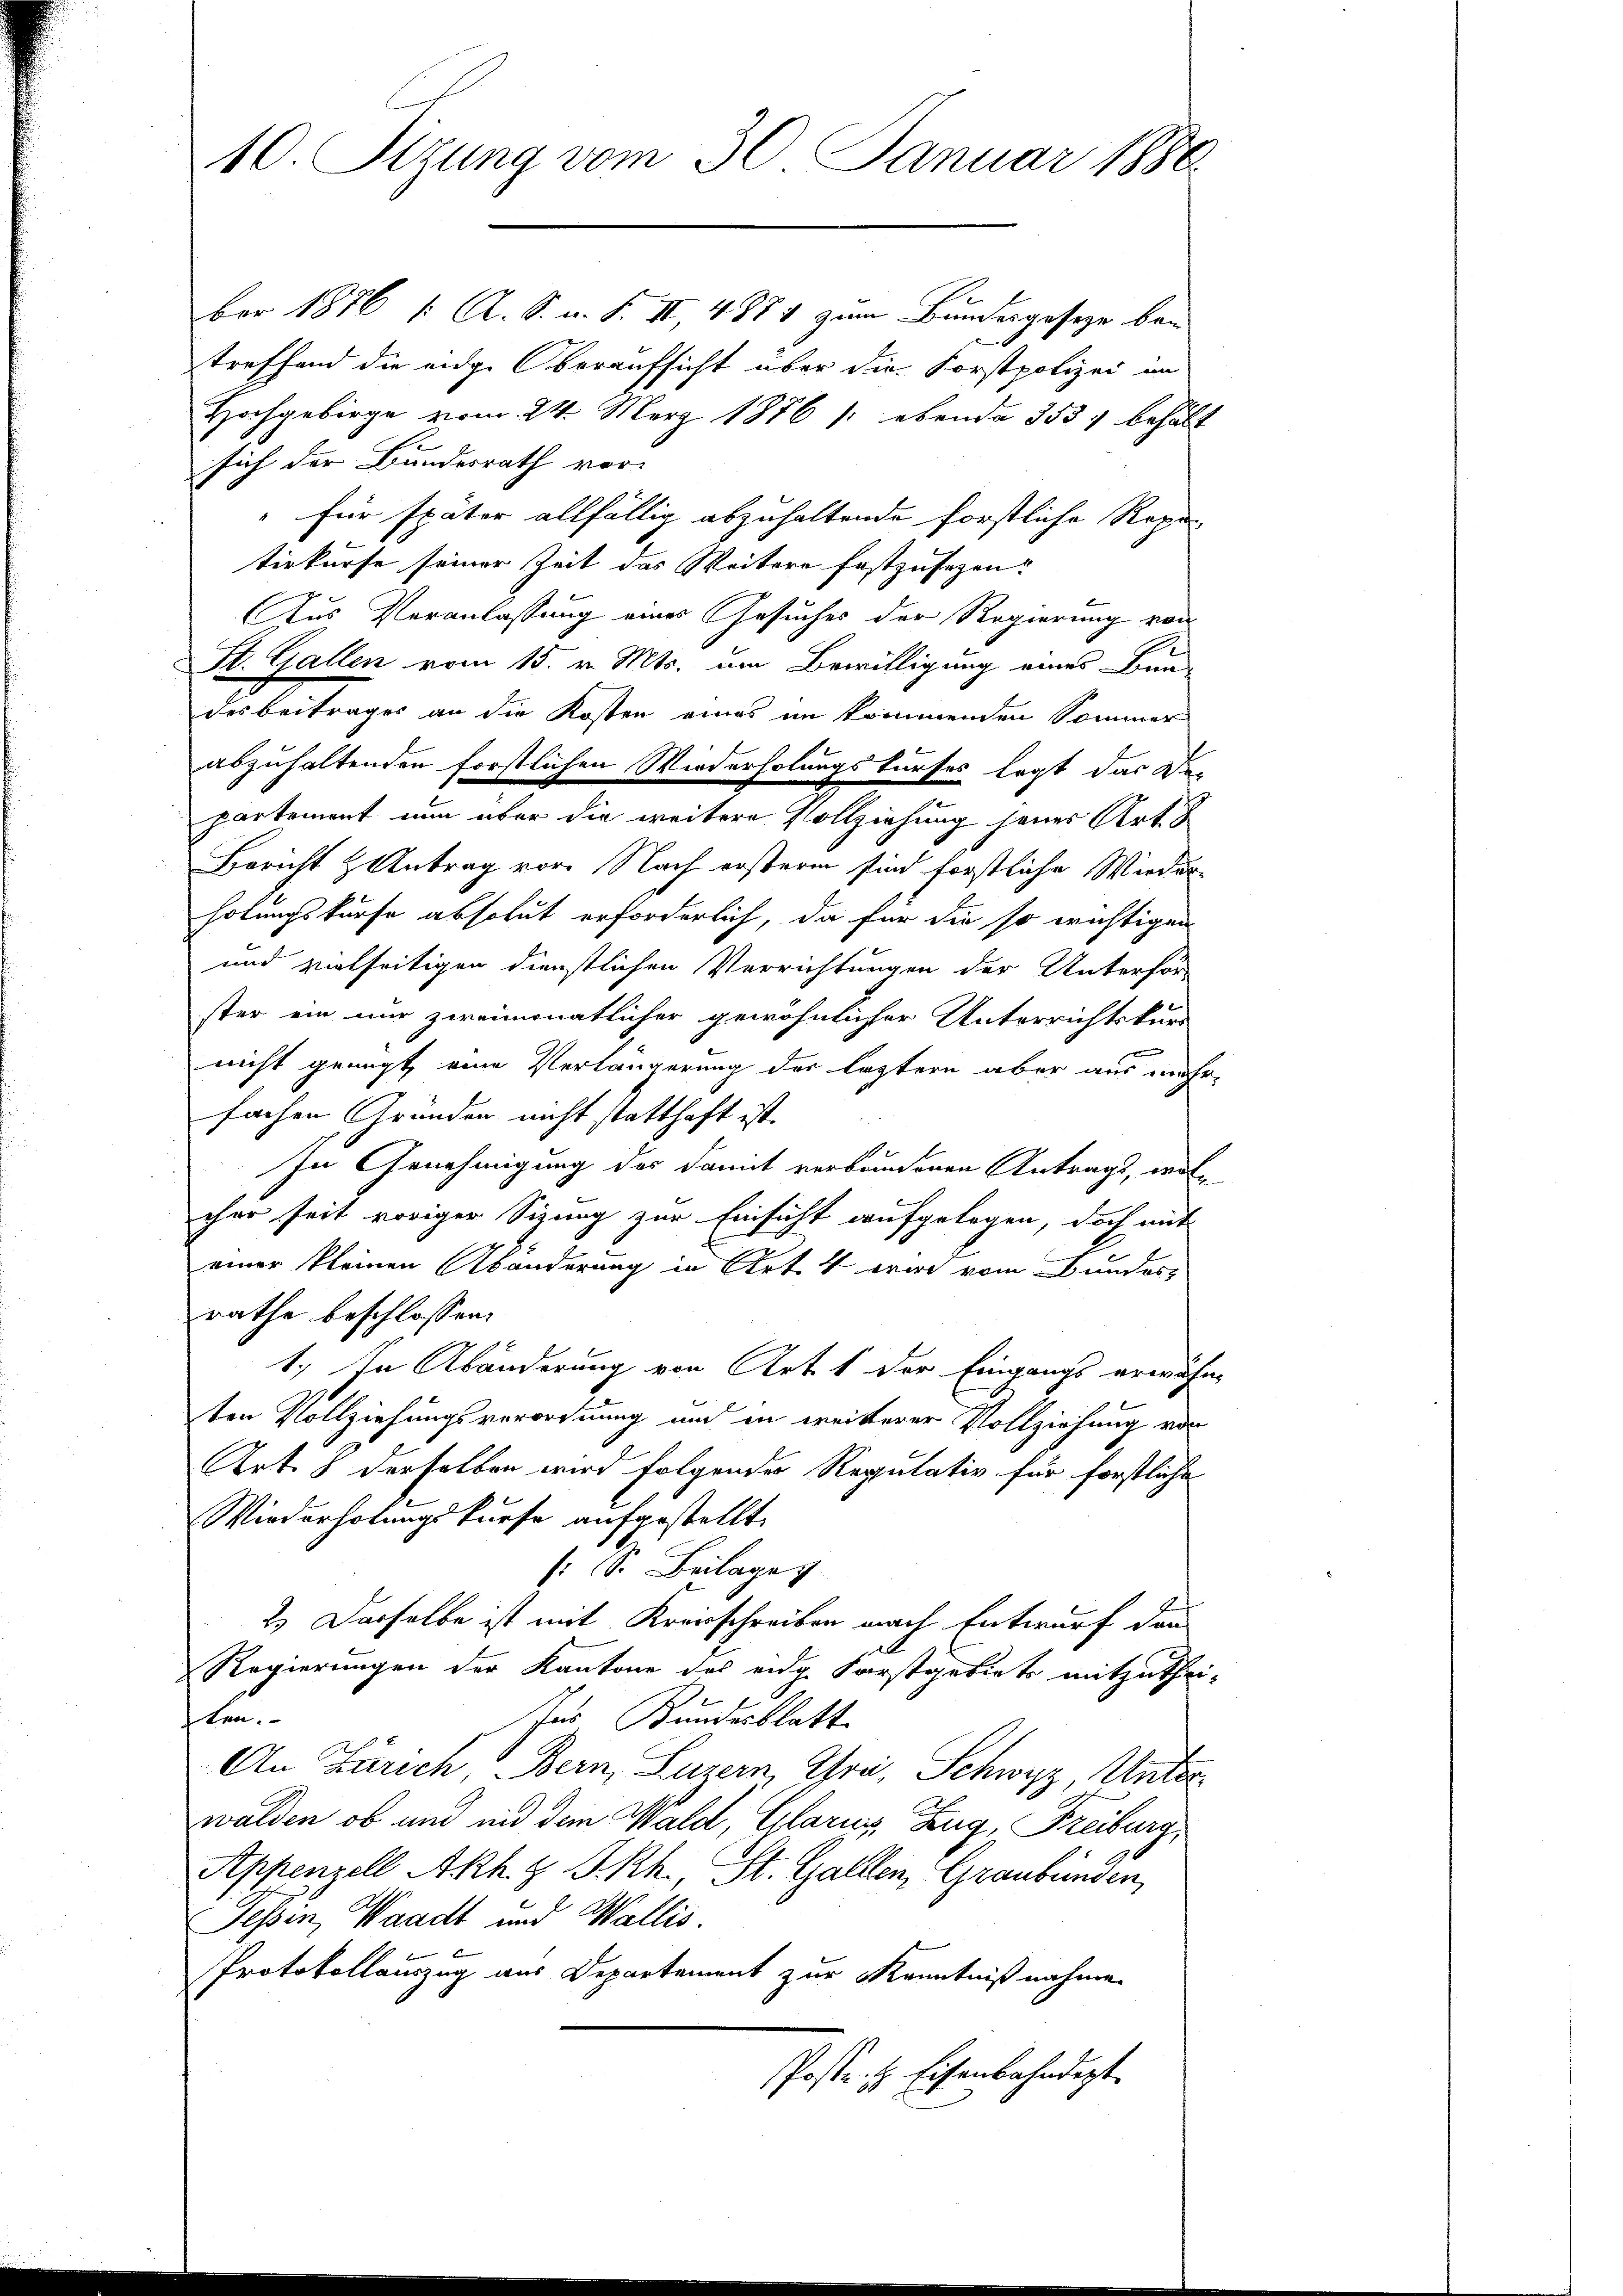
10. Sitzung vom 30. Januar 1880

ber 1876 (: A. S. u. F. II, 4871 zum Bundesgeseze bei
.
treffend die eidg. Oberaufsicht über die Forstpolizei im
Hochgebirge vom 24. März 1876 /: ebenda 353 behabt
sich der Bundesrath vor.
" für später allfällig abzuhaltende forstliche Repatiekurse seiner Zeit das Weitere festzusezen.
us Veranlassung eines Gesuches der Regierung von
St. Gallen vom 15. v. Mts. um Bewilligung eines Bunde
desbeitrages an die Kosten eines im kommenden Sommer
abzuhaltenden forstlichen Wiederholungskurses legt das Di
partement nun aber die weitere Vollziehung jenes Art. 8
Bericht & Antrag vor. Nach erstern sind forstliche Wiederholungskurse absolut erforderlich, da für die so wichtigen
und vielseitigen dienstlichen Verrichtungen der Unterför-
ster ein nur zweimonatlicher gewöhnlicher Unterrichtskurs
nicht genügt, eine Verlängerung der leztern aber aus mehr-
fachen Gründen nicht statthaft ist.
In Genehmigung des damit verbundenen Antrags, welcher seit voriger Sizung zur Einsicht aufgelegen, doch mit
einer kleinen Abänderung in Art. 4 wird vom Bundes,
rathe beschlossen:
1.) In Abänderung von Art. 1 der Eingangs erwähnt
ten Vollziehungsverordnung und in weiterer Vollziehung von
Art. 8 derselben wird folgender Regulativ für forstliche
Wiederholungskurse aufgestellt.
 S. Beilage
2.) Derselbe ist mit Kreisschreiben nach Entwurf den
Regierungen der Kantone des eidg Forstgebiets mitzuthei-
ten:
Ins Bundesblatt
An Zürich Bern, Luzern, Uri, Schwyz, Unter
walden ob und und dem Wald, Glarus, Zug, Freiburg,
Appenzell Akh. & J. Rh. St. Gallen, Graubünden,
Tessin, Waadt und Wallis.
Protokollauszug aus Departement zur Kenntnißnahme.
Poste. H. Eisenbahndigt.